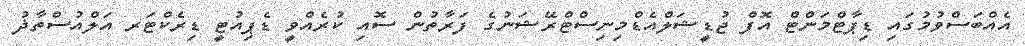
އެއްބަސްވުމުގައި ޑިޕާޓްމަންޓް އޮފް ޖުޑީޝަލްއެޑްމިނިސްޓްރޭޝަނުގެ ފަރާތުން ސޮއި ކުރެއްވީ ޑެޕިއުޓީ ޑިރެކްޓަރ އަލްއުސްތާޛު